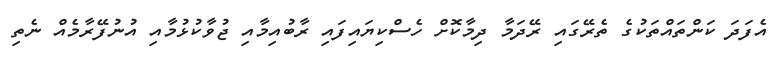
އެފަދަ ކަންތައްތަކުގެ ތެރޭގައި ރޭދަމާ ދިމާކޮށް ހެސްކިޔައިފައި ރާބުއިމާއި ޖުވާކުޅުމާއި އުނުފޭރާމެއް ނެތި